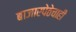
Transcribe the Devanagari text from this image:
बाजारपेठेचाही